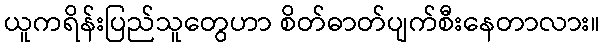
ယူကရိန်းပြည်သူတွေဟာ စိတ်ဓာတ်ပျက်စီးနေတာလား။